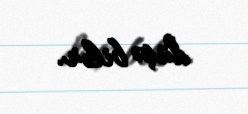
düşə bilər.